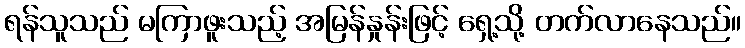
ရန်သူသည် မကြာဖူးသည့် အမြန်နှုန်းဖြင့် ရှေ့သို့ တက်လာနေသည်။